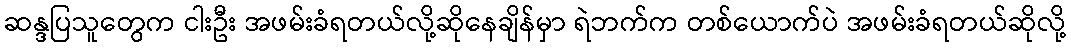
ဆန္ဒပြသူတွေက ငါးဦး အဖမ်းခံရတယ်လို့ဆိုနေချိန်မှာ ရဲဘက်က တစ်ယောက်ပဲ အဖမ်းခံရတယ်ဆိုလို့